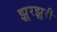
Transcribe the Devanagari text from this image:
झुरझुरी